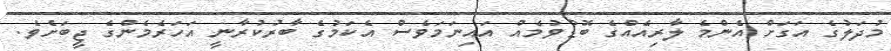
މުދަލުގެ އަގަށް އެންމެ ލާރިއެއްގެ ބޮޑުވުމެއް އައިނަމަވެސް އެކަމުގެ ބާރުކުރާނީ އަހަރެމެންގެ ޖީބަށެވެ.